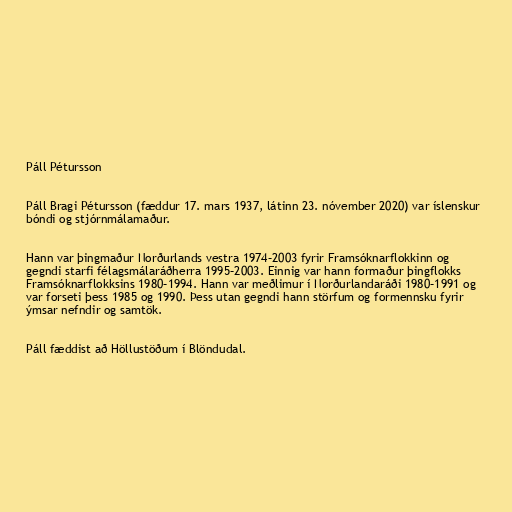
Páll Pétursson

Páll Bragi Pétursson (fæddur 17. mars 1937, látinn 23. nóvember 2020) var íslenskur
bóndi og stjórnmálamaður.

Hann var þingmaður Norðurlands vestra 1974–2003 fyrir Framsóknarflokkinn og
gegndi starfi félagsmálaráðherra 1995–2003. Einnig var hann formaður þingflokks
Framsóknarflokksins 1980–1994. Hann var meðlimur í Norðurlandaráði 1980–1991 og
var forseti þess 1985 og 1990. Þess utan gegndi hann störfum og formennsku fyrir
ýmsar nefndir og samtök.

Páll fæddist að Höllustöðum í Blöndudal.